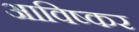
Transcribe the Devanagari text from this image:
आविष्कर